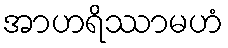
အာဟရိဿာမဟံ